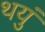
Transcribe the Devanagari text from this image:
थयुं